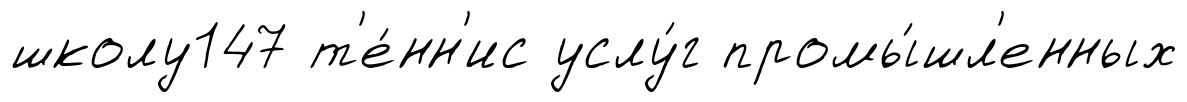
школу147 т'е́нн'ис услу́г промы́шл'енных